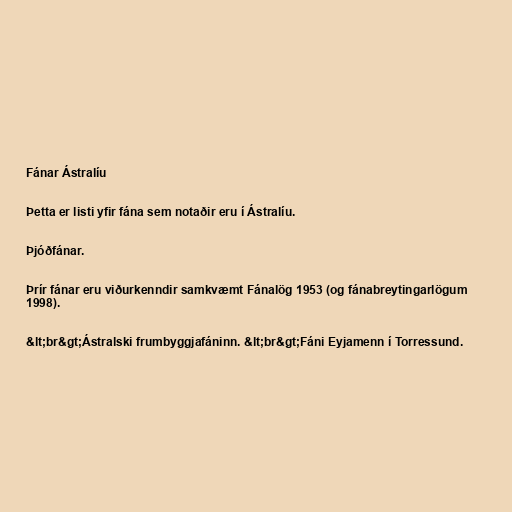
Fánar Ástralíu

Þetta er listi yfir fána sem notaðir eru í Ástralíu.

Þjóðfánar.

Þrír fánar eru viðurkenndir samkvæmt Fánalög 1953 (og fánabreytingarlögum
1998).

&lt;br&gt;Ástralski frumbyggjafáninn. &lt;br&gt;Fáni Eyjamenn í Torressund.